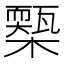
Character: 𣝚